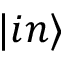
| i n \rangle